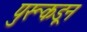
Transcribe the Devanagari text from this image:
पुरूकडून